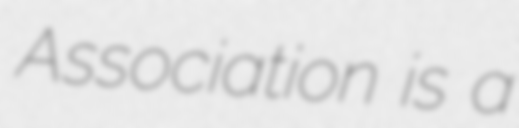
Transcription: Association is a